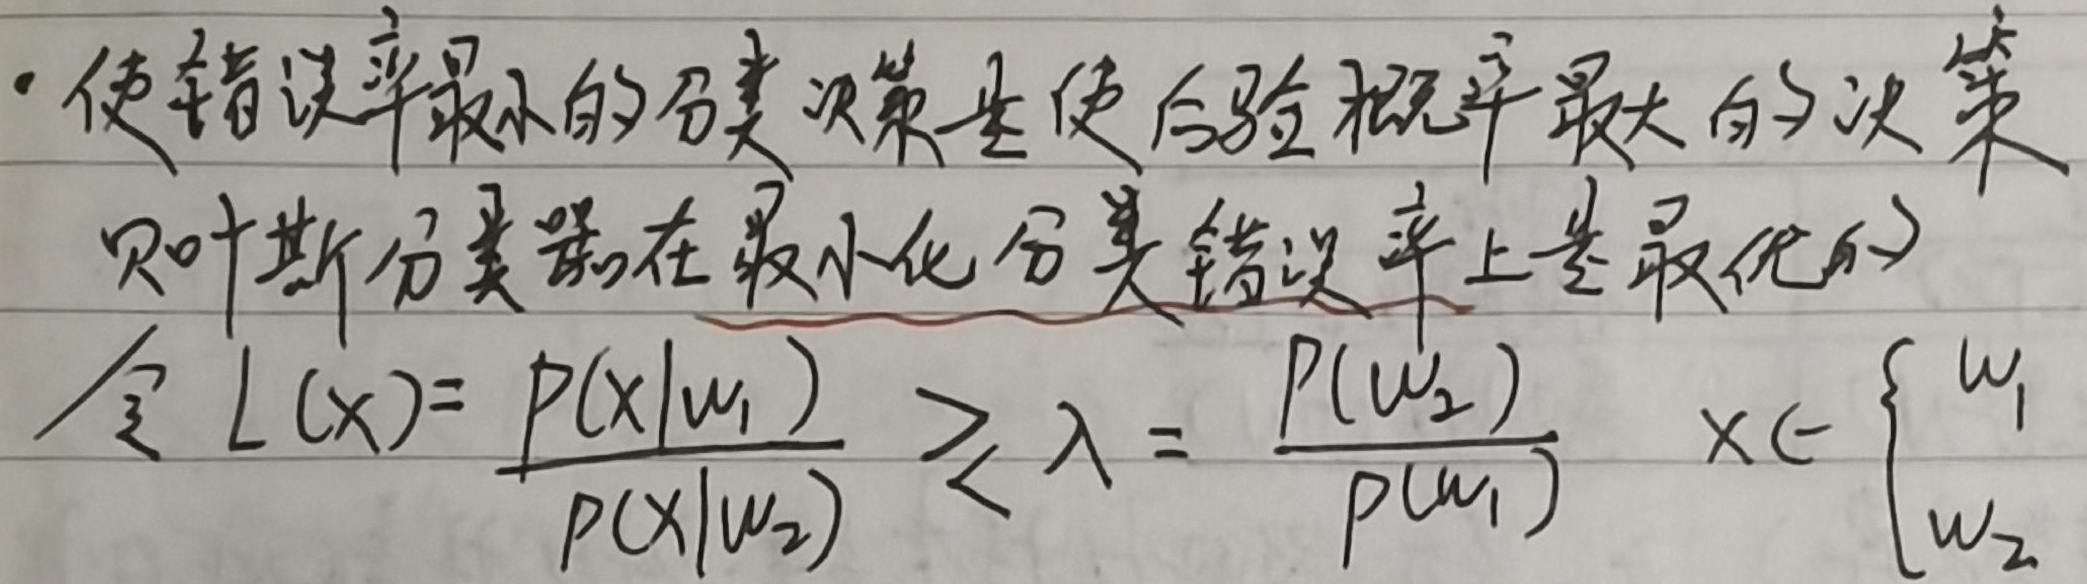
- 使错误率最小的分类决策是使后验概率最大的决策
贝叶斯分类器在最小化分类错误率上是最优的
令 \(L(x)=\frac{p(x|w_1)}{p(x|w_2)}\gtreqless \lambda = \frac{p(w_2)}{p(w_1)}\) \(x\in\begin{cases}
w_1\\
w_2
\end{cases}\)